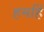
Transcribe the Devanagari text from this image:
हमहिं